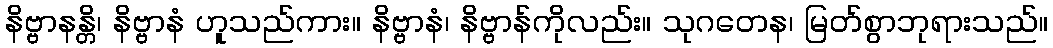
နိဗ္ဗာနန္တိ၊ နိဗ္ဗာနံ ဟူသည်ကား။ နိဗ္ဗာနံ၊ နိဗ္ဗာန်ကိုလည်း။ သုဂတေန၊ မြတ်စွာဘုရားသည်။